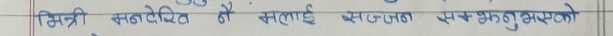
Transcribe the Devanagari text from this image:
भित्री सञ्जोगले नै मलाई महान् बनायएको